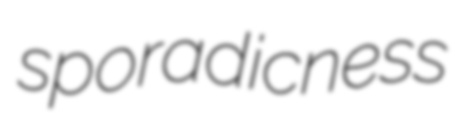
sporadicness